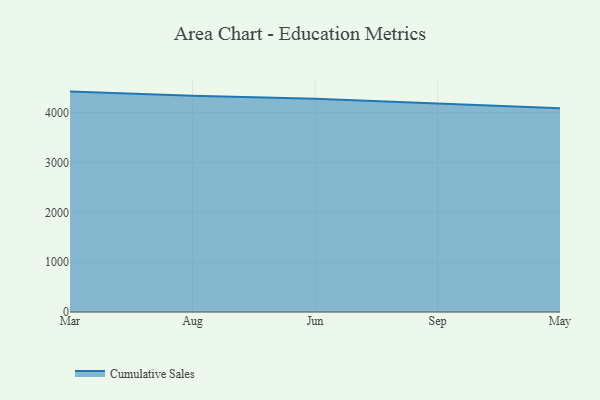
{"axis": {"x": "Month", "y": "Revenue (USD Million)"}, "legend": ["Cumulative Sales"], "data": [{"x": "Mar", "y": 4423.9, "type": "Cumulative Sales"}, {"x": "Aug", "y": 4339.3, "type": "Cumulative Sales"}, {"x": "Jun", "y": 4280.8, "type": "Cumulative Sales"}, {"x": "Sep", "y": 4189.9, "type": "Cumulative Sales"}, {"x": "May", "y": 4087.4, "type": "Cumulative Sales"}]}